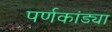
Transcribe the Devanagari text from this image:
पर्णकांड्या